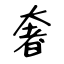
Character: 奢